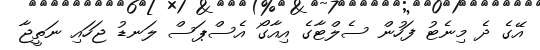
އޭގެ ދެ މިނެޓު ފަހުން ސެލްޓާގެ އިއާގޯ އެސްޕަސް ލަނޑު ޖަހައި ނަތީޖާ